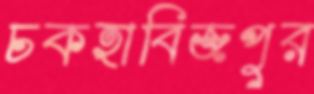
চকহাবিজপুর